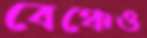
বেঞ্চেও